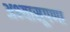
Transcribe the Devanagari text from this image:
अभ्यासूपणा